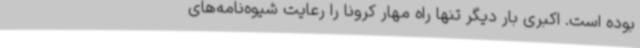
بوده است. اکبری بار دیگر تنها راه مهار کرونا را رعایت شیوه‌نامه‌های